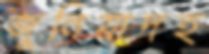
জুনিয়াদহ